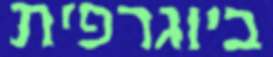
ביוגרפית